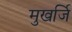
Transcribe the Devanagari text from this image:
मुखर्जि